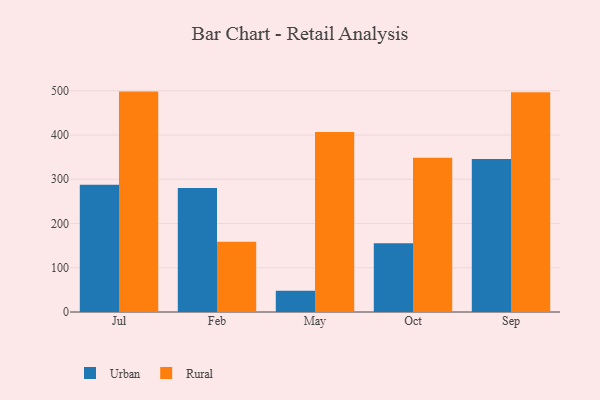
{"axis": {"x": "Month", "y": "Population (Million)"}, "legend": ["Rural", "Urban"], "data": [{"x": "Jul", "y": 287.5, "type": "Urban"}, {"x": "Jul", "y": 498.2, "type": "Rural"}, {"x": "Feb", "y": 280.2, "type": "Urban"}, {"x": "Feb", "y": 158.9, "type": "Rural"}, {"x": "May", "y": 47.9, "type": "Urban"}, {"x": "May", "y": 406.9, "type": "Rural"}, {"x": "Oct", "y": 155.6, "type": "Urban"}, {"x": "Oct", "y": 348.6, "type": "Rural"}, {"x": "Sep", "y": 345.8, "type": "Urban"}, {"x": "Sep", "y": 496.5, "type": "Rural"}]}